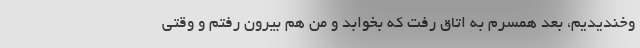
وخندیدیم، بعد همسرم به اتاق رفت که بخوابد و من هم بیرون رفتم و وقتی